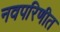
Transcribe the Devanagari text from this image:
नवपरिणीत